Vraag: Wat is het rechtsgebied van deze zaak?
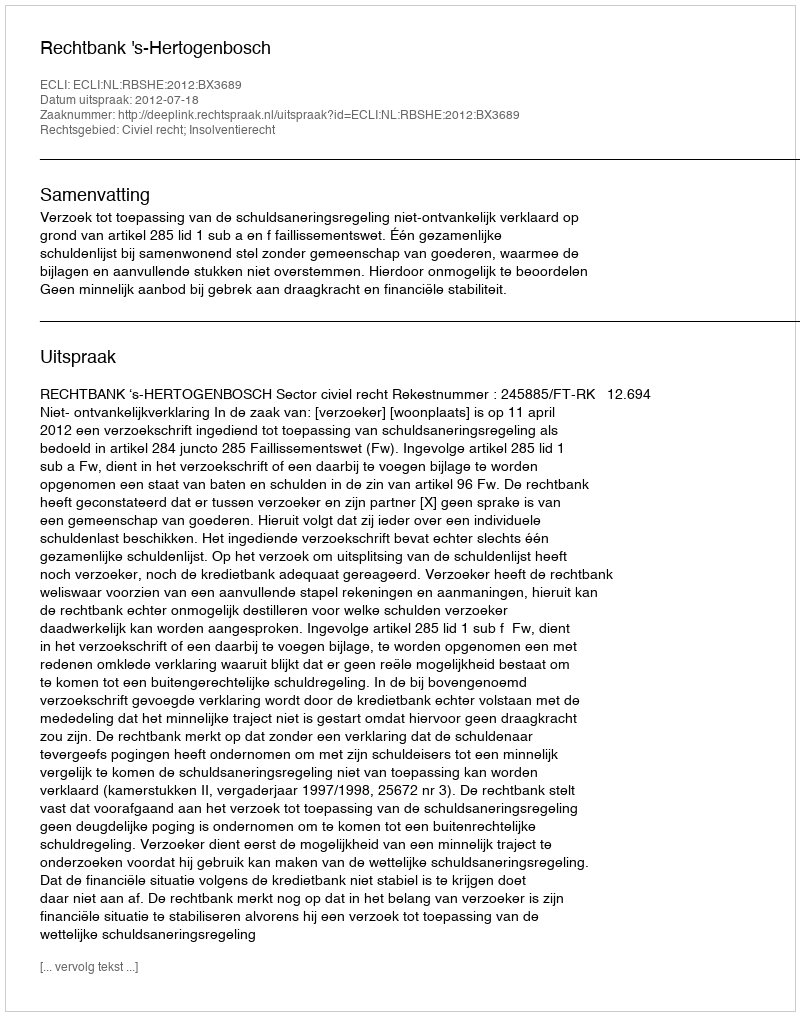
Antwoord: Civiel recht; Insolventierecht